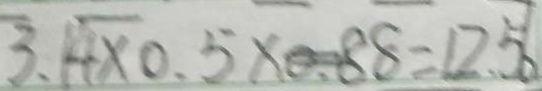
3 . 4 \times 0 . 5 \times 0 . 8 8 = 1 2 . 5 6